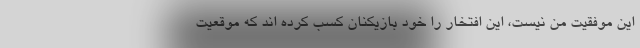
این موفقیت من نیست، این افتخار را خود بازیکنان کسب کرده اند که موقعیت